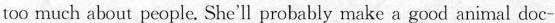
too much about people. She'll probably make a good animal doc-